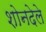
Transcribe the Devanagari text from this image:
शोनदेले